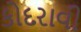
કોદરાવી